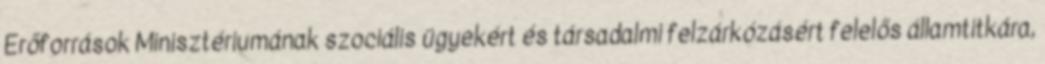
Erőforrások Minisztériumának szociális ügyekért és társadalmi felzárkózásért felelős államtitkára,